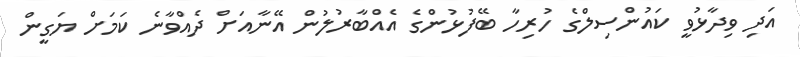
އަދި ވިދާޅުވީ ކައުންސިލްގެ ހުރިހާ ބޭފުޅުންގެ އެއްބާރުލުން އޭނާއަށް ދެއްވާނެ ކަމަށް ޔަގީން